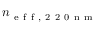
n _ { \mathrm { ~ e ~ f ~ f ~ , ~ 2 ~ 2 ~ 0 ~ n ~ m ~ } }